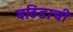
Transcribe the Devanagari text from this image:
बठिंडाची